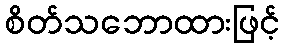
စိတ်သဘောထားဖြင့်